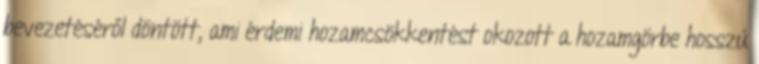
bevezetéséről döntött, ami érdemi hozamcsökkentést okozott a hozamgörbe hosszú